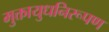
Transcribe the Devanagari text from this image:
मुक्तायुधनिरूपण